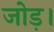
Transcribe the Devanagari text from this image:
जोड़।